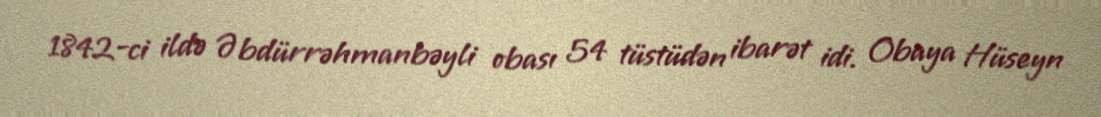
1842-ci ildə Əbdürrəhmanbəyli obası 54 tüstüdən ibarət idi. Obaya Hüseyn